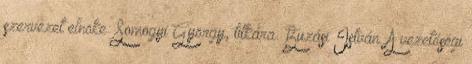
szervezet elnöke: Somogyi György, titkára: Buzási István. A vezetőségi